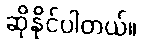
ဆိုနိုင်ပါတယ်။